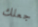
جعلك